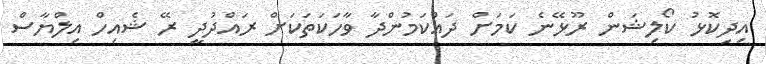
އިދިކޮޅު ކޯލިޝަން ރޫޅޭނެ ކަމަށް ދައްކަމުންދާ ވާހަކަތަކަށް ރައްދުދީ ރޭ ޝެއިހް އިލްޔާސް